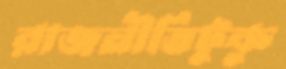
রাজনীতিটুকু